Leaving Certificate Examination, 1916
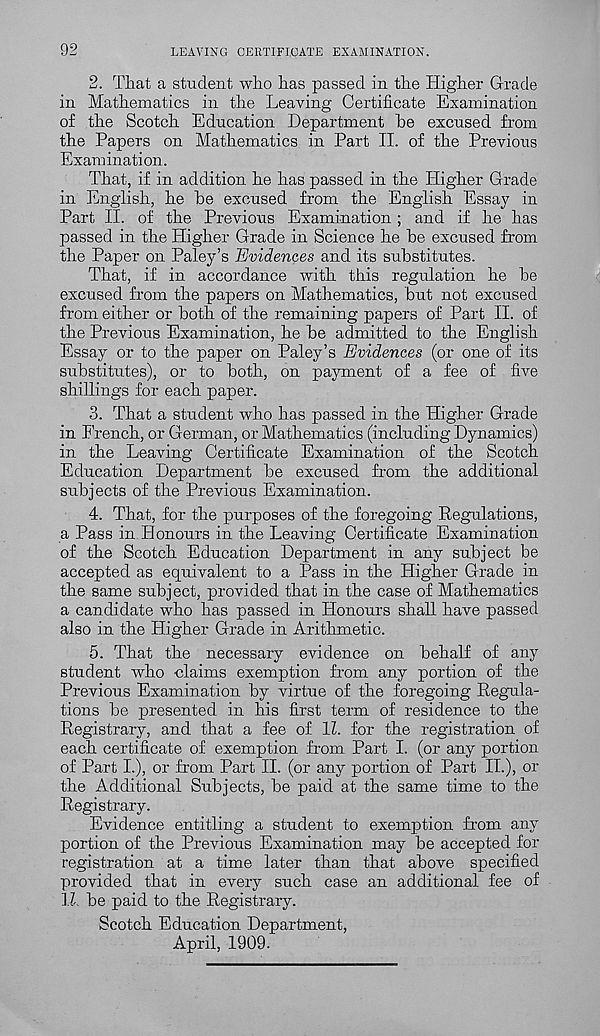
92
LEAVING CERTIFICATE EXAMINATION.
2. That a student who has passed in the Higher Grade
in Mathematics in the Leaving Certificate Examination
of the Scotch Education Department he excused from
the Papers on Mathematics in Part II. of the Previous
Examination.
That, if in addition he has passed in the Higher Grade
in English, he he excused from the English Essay in
Part II. of the Previous Examination; and if he has
passed in the Higher Grade in Science he he excused from
the Paper on Paley’s Evidences and its substitutes.
That, if in accordance with this regulation he he
excused from the papers on Mathematics, hut not excused
from either or both of the remaining papers of Part II. of
the Previous Examination, he he admitted to the English
Essay or to the paper on Paley’s Evidences (or one of its
substitutes), or to both, on payment of a fee of five
shillings for each paper.
3. That a student who has passed in the Higher Grade
in French, or German, or Mathematics (including Dynamics)
in the Leaving Certificate Examination of the Scotch
Education Department he excused from the additional
subjects of the Previous Examination.
4. That, for the purposes of the foregoing Regulations,
a Pass in Honours in the Leaving Certificate Examination
of the Scotch Education Department in any subject be
accepted as equivalent to a Pass in the Higher Grade in
the same subject, provided that in the case of Mathematics
a candidate who has passed in Honours shall have passed
also in the Higher Grade in Arithmetic.
5. That the necessary evidence on behalf of any
student who claims exemption from any portion of the
Previous Examination by virtue of the foregoing Regula-
tions be presented in his first term of residence to the
Registrary, and that a fee of 11. for the registration of
each certificate of exemption from Part I. (or any portion
of Part I.), or from Part II. (or any portion of Part II.), or
the Additional Subjects, be paid at the same time to the
Registrary.
Evidence entitling a student to exemption from any
portion of the Previous Examination may be accepted for
registration at a time later than that above specified
provided that in every such case an additional fee of
11. be paid to the Registrary.
Scotch Education Department,
April, 1909.